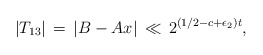
\begin{align*}|T_{13}| \, = \, |B-Ax| \, \ll \, 2^{(1/2-c+\epsilon_2)t},\end{align*}